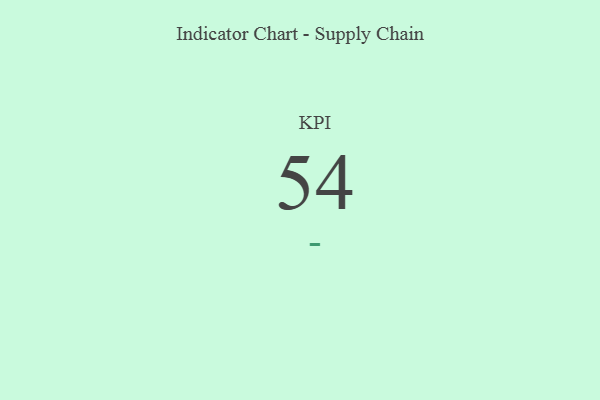
{"axis": {"x": "KPI", "y": "Value"}, "legend": [""], "data": [{"x": "KPI", "y": 54, "type": ""}]}